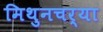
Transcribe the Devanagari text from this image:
मिथुनचर्या